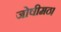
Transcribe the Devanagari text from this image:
जोषीमठ।